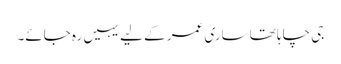
جی چاہا تھا ساری عمر کے لیے یہیں رہ جائے۔